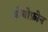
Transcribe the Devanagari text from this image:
थोयोफ़ोन